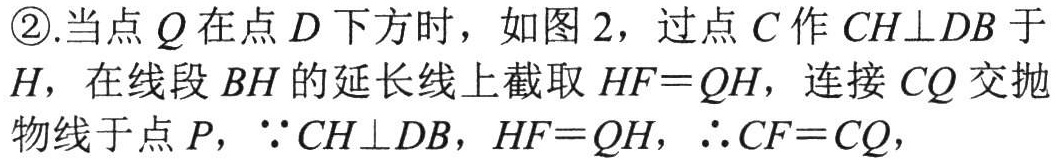
\textcircled{2}.当点$Q$在点$D$下方时，如图2，过点$C$作$CH\perp DB$于$H$，在线段$BH$的延长线上截取$HF = QH$，连接$CQ$交抛物线于点$P$，$\because CH\perp DB$，$HF = QH$，$\therefore CF = CQ$，